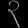
Digit: ၃